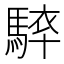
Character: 𩣰